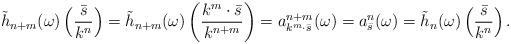
LaTeX: \begin{align*}\tilde h_{n+m}(\omega) \left(\frac{\bar s}{k^n}\right) = \tilde h_{n+m} (\omega) \left(\frac{k^m\cdot \bar s}{k^{n+m}}\right) =a_{k^m \cdot \bar s}^{n+m}(\omega) =a_{\bar s}^n(\omega) = \tilde h_n (\omega) \left(\frac{\bar s}{k^n}\right) .\end{align*}